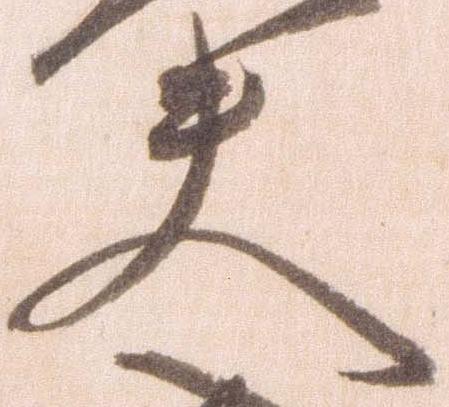
夫